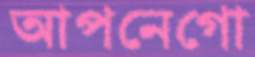
আপনেগো